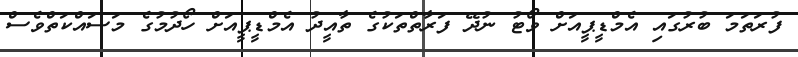
ފުރަތަމަ ބުރުގައި އެމްޑީޕީއަށްް ވޯޓު ނުދޭ ފަރާތްްތަކުގެ ތާއީދު އެމްޑީޕީއަށް ހޯދުމުގެ މަސައްކަތްވެސް